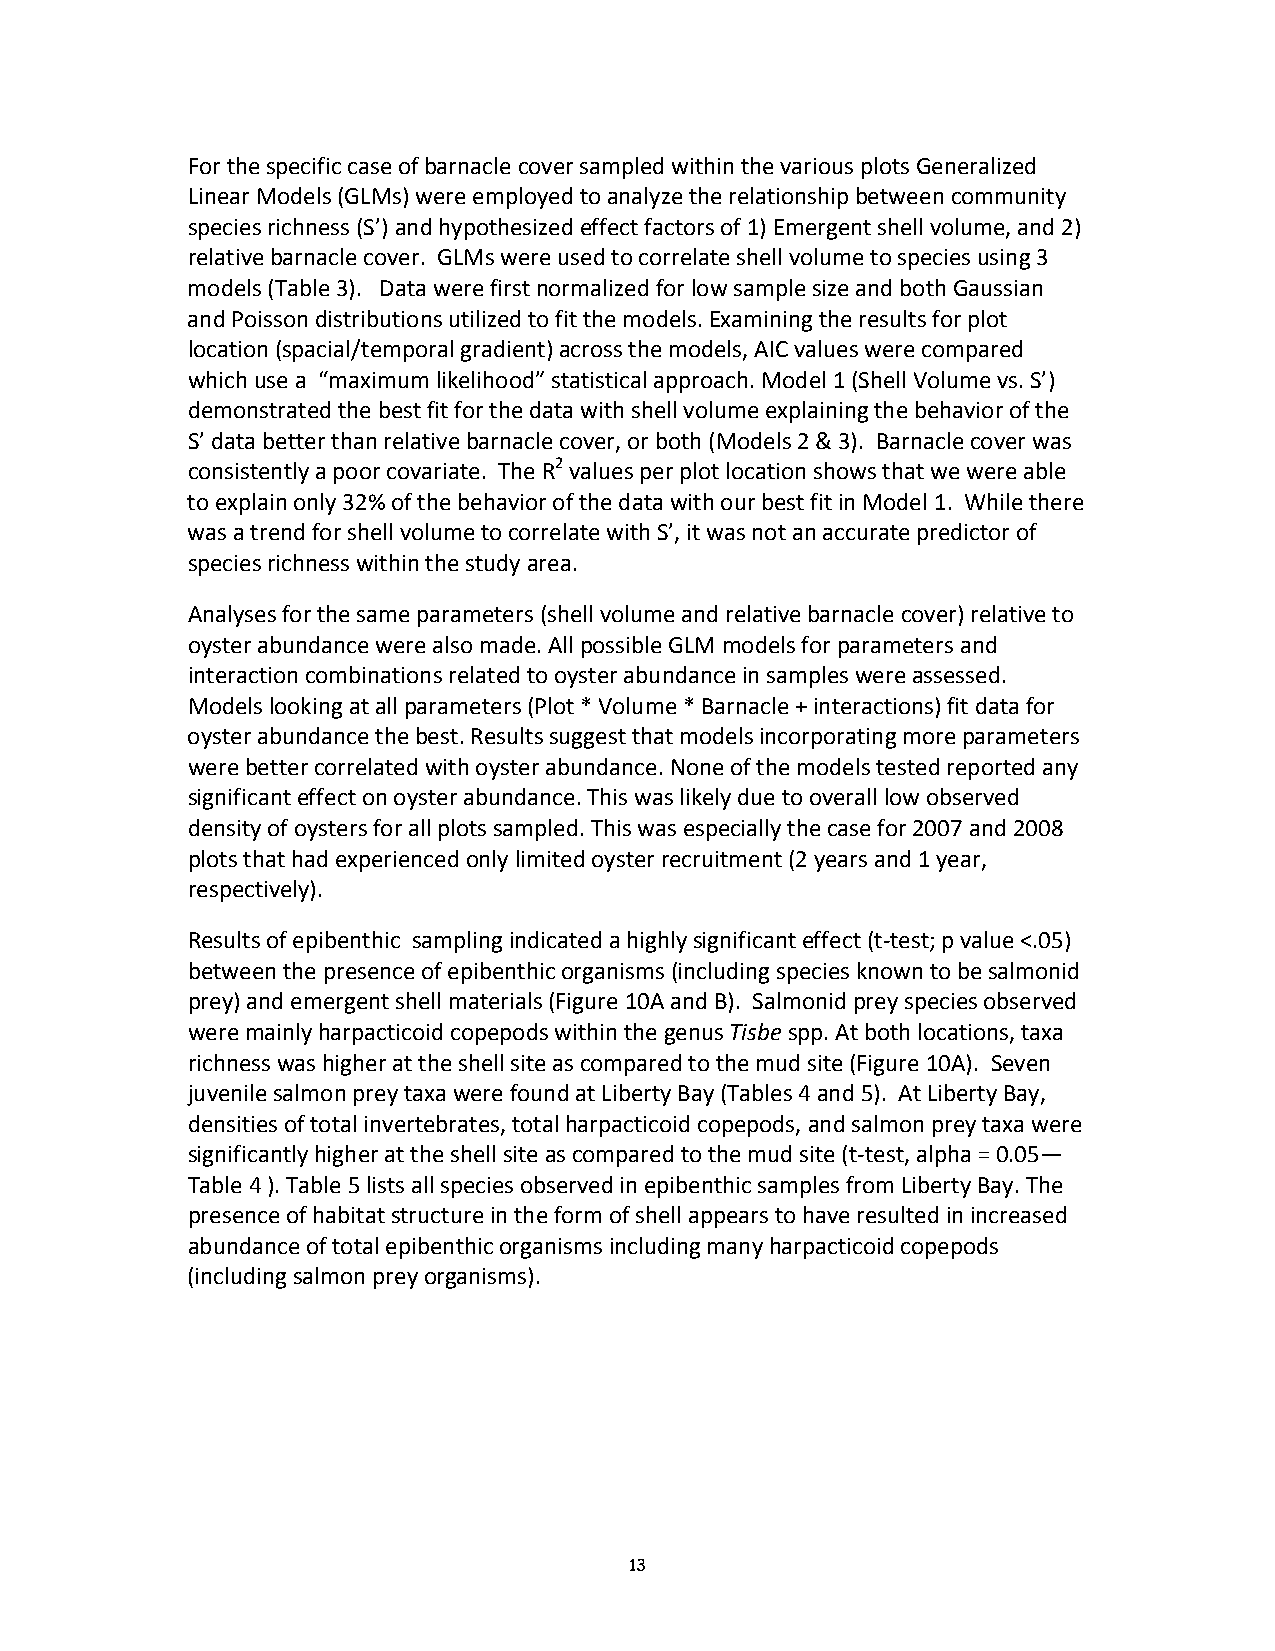
For the specific case of barnacle cover sampled within the various plots Generalized
 Linear Models (GLMs) were employed to analyze the relationship between community
 species richness (S’) and hypothesized effect factors of 1) Emergent shell volume, and 2)
 relative barnacle cover. GLMs were used to correlate shell volume to species using 3
 models (Table 3). Data were first normalized for low sample size and both Gaussian
 and Poisson distributions utilized to fit the models. Examining the results for plot
 location (spacial/temporal gradient) across the models, AIC values were compared
 which use a “maximum likelihood” statistical approach. Model 1 (Shell Volume vs. S’)
 demonstrated the best fit for the data with shell volume explaining the behavior of the
 S’ data better than relative barnacle cover, or both (Models 2 & 3). Barnacle cover was
 consistently a poor covariate. The R2 values per plot location shows that we were able
 to explain only 32% of the behavior of the data with our best fit in Model 1. While there
 was a trend for shell volume to correlate with S’, it was not an accurate predictor of
 species richness within the study area.
 Analyses for the same parameters (shell volume and relative barnacle cover) relative to
 oyster abundance were also made. All possible GLM models for parameters and
 interaction combinations related to oyster abundance in samples were assessed.
 Models looking at all parameters (Plot * Volume * Barnacle + interactions) fit data for
 oyster abundance the best. Results suggest that models incorporating more parameters
 were better correlated with oyster abundance. None of the models tested reported any
 significant effect on oyster abundance. This was likely due to overall low observed
 density of oysters for all plots sampled. This was especially the case for 2007 and 2008
 plots that had experienced only limited oyster recruitment (2 years and 1 year,
 respectively).
 Results of epibenthic sampling indicated a highly significant effect (t‐test; p value <.05)
 between the presence of epibenthic organisms (including species known to be salmonid
 prey) and emergent shell materials (Figure 10A and B). Salmonid prey species observed
 were mainly harpacticoid copepods within the genus Tisbe spp. At both locations, taxa
 richness was higher at the shell site as compared to the mud site (Figure 10A). Seven
 juvenile salmon prey taxa were found at Liberty Bay (Tables 4 and 5). At Liberty Bay,
 densities of total invertebrates, total harpacticoid copepods, and salmon prey taxa were
 significantly higher at the shell site as compared to the mud site (t‐test, alpha = 0.05—
 Table 4 ). Table 5 lists all species observed in epibenthic samples from Liberty Bay. The
 presence of habitat structure in the form of shell appears to have resulted in increased
 abundance of total epibenthic organisms including many harpacticoid copepods
 (including salmon prey organisms).
 13